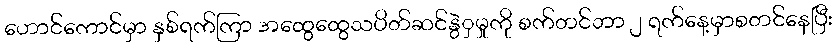
ဟောင်ကောင်မှာ နှစ်ရက်ကြာ အထွေထွေသပိတ်ဆင်နွဲှမှုကို စက်တင်ဘာ ၂ ရက်နေ့မှာစတင်နေပြီး